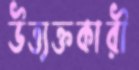
উত্ত্যক্তকারী